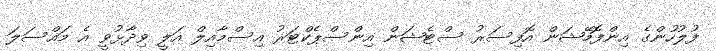
ފުލުހުންގެ އިންފޮމޭޝަން އޮފިސަރު ސްޓެޝަން އިންސްޕެކްޓަރު އިސްމާއިލް އަލީ ވިދާޅުވީ އެ މައްސަލަ